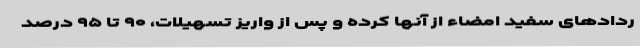
ردادهای سفید امضاء از آنها کرده و پس از واریز تسهیلات، ۹۰ تا ۹۵ درصد